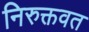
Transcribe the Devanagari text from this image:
निरुक्तवत